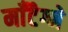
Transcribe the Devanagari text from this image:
माँटैग्ने